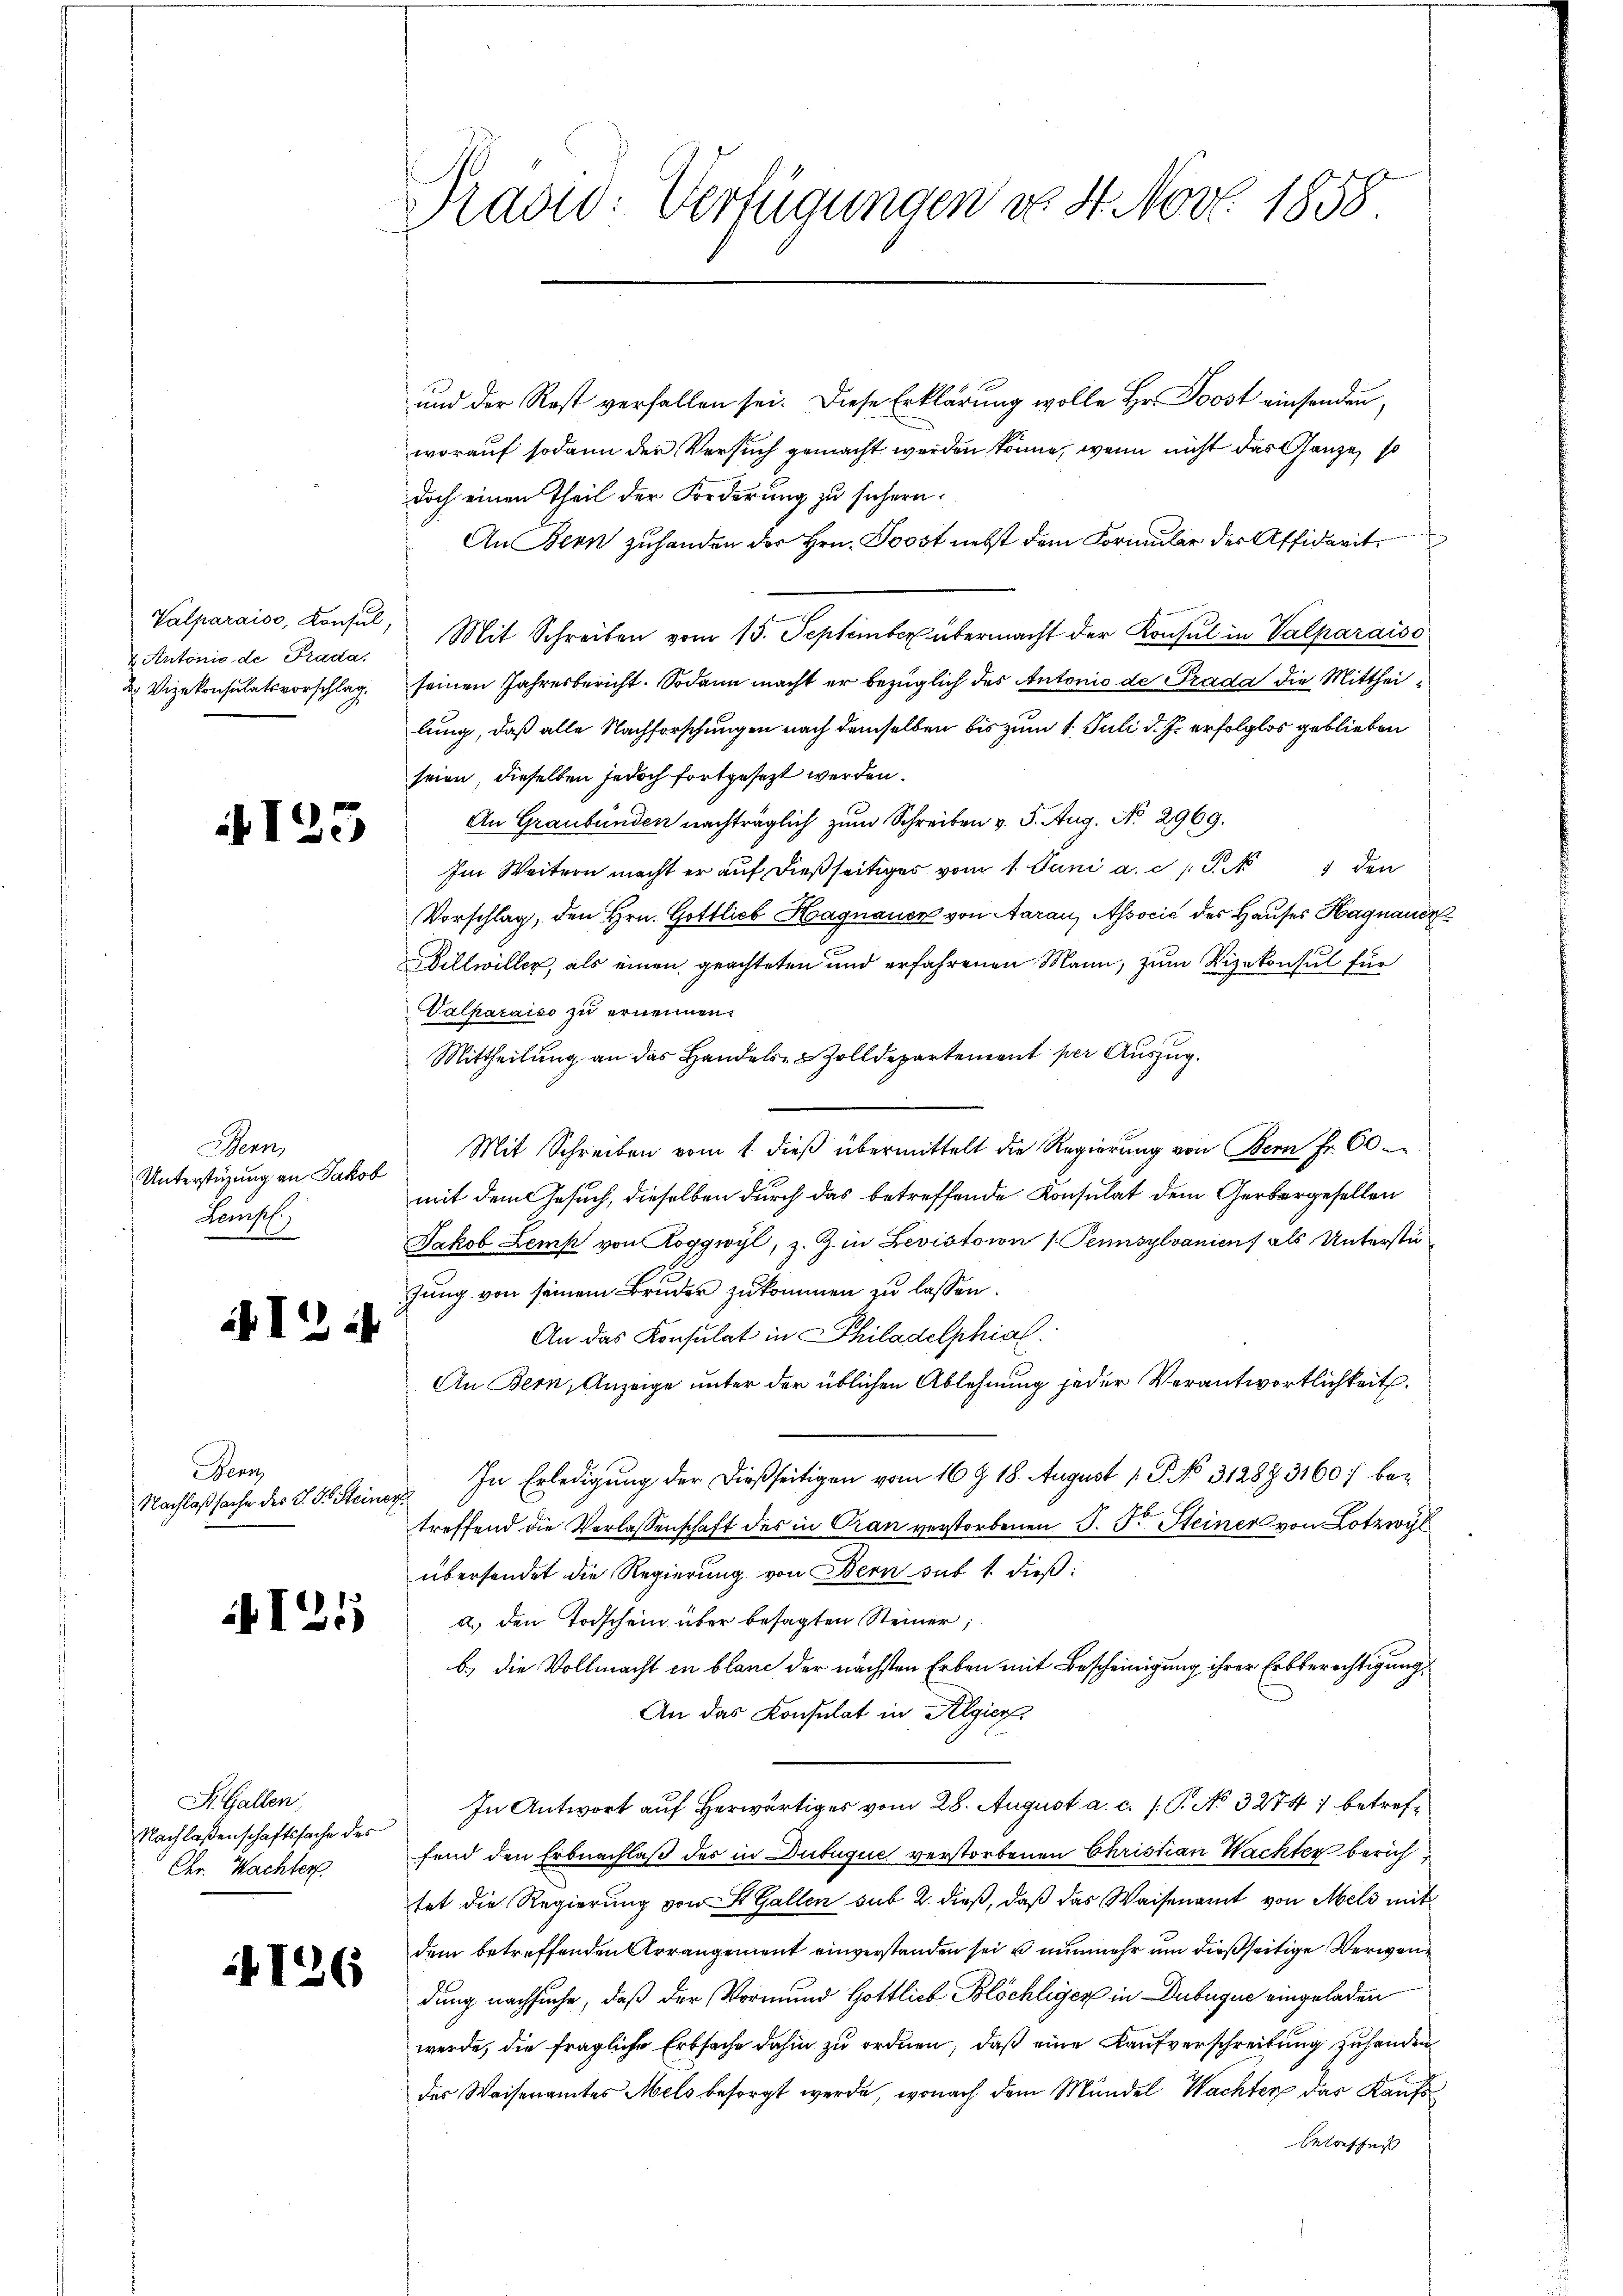
& Antonio de Prada.
2. Vizekonsulatsvorschlag.

125

Bern
Unterstüzung an Jakob
Lempf
.

I ih

ennz
Nachlaßsache des J. J. Steiner

i4125

St. Gallen,
Nachlaßenschaftssache des
Chr. Wachter.

1726

Pradid: Verfügungen de 4. Nov. 1858.

und der Rest verfallen sei. Diese Erklärung wolle Hr. Poost einsenden,
worauf sodann der Versuch gemacht werden könne, wenn nicht das Ganze, so
doch einen Theil der Forderung zu sichern.
An Bern zuhanden der Hrn. Poost nebst dem Formular des Affidarit
Valparaiss, Konsul, Mit Schreiben vom 15. September übermacht der Konsul in Valparaiso
seinen Jahresbericht. Sodann macht er bezüglich des Antonio de Prada die Mittheilung, daß alle Nachforschungen nach demselben bis zum 1. Juli d. J. erfolglos geblieben
seien, dieselben jedoch fortgesezt werden.
An Graubünden nachträglich zum Schreiben v. 5. Aug. No. 2969.
Im Weitern macht er auf dießseitiges vom 1. Juni a. c. 1 S. 1 den
Vorschlag, den Hrn. Gottlieb Hagnauer von Aarau, Associć des Hauses Hagnauer
Dillwiller, als einen geachteten und erfahrenen Mann, zum Vizekonsul für
Valparaiso zu ernennen.
Mittheilung an das Handels- & Zolldepartement per Auszug.
Mit Schreiben vom 1. dieß übermittelt die Regierung von Bern Fr. 60
mit dem Gesuch, dieselben durch das betreffende Konsulat dem Gerbergesellen
Jakob Lemp von Roggwyl, z. Z. in Levistoin (Pennsylvanien, als Unterstüzung von seinem Bruder zukommen zu lassen.
An das Konsulat in Philadelphial
An Bern, Anzeige unter der üblichen Ablehnung jeder Verantwortlichkeit.
In Erledigung der dießseitigen vom 16 Z. 18. August 1. P. No 31287. 3160 bez
treffend die Verlassenschaft des in Cran verstorbenen S. Fr. Steiner von Lotz
übersendet die Regierung von Bern sub 1. dieß:
a.) den Todschein über besagten Steiner;
b.) die Vollmacht in blanc der nächsten Erben mit Bescheinigung ihrer Erbberechtigung,
An das Konsulat in Algier
In Antwort auf Herwärtiges vom 28. August a. c. s. S. No 32747 betreffend den Erbnachlaß des in Dubuque verstorbenen Christian Wachter berichtet die Regierŭng von St. Gallen sub 2. dieβ, daβ das Waisenamt von Mels mit
dem betreffenden Arrangement einverstanden sei u nunmehr um dießseitige Verwendung nachsuche, daß der Vormund Gottlieb Blöchliger in Dubugue eingeladen
werde, die fragliche Erbsache dahin zu ordnen, daß eine Kaufverschreibung zuhanden
des Waisenamtes Mels besorgt werde, wonach dem Mündel, Wachter das Kaufs
betreffen